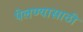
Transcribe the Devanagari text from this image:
पेलण्‍यासाठी